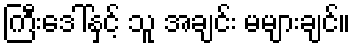
ကြီးဒေါ်နှင့် သူ အချင်း မများချင်။